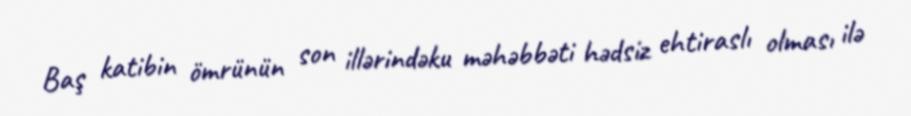
Baş katibin ömrünün son illərindəku məhəbbəti hədsiz ehtiraslı olması ilə